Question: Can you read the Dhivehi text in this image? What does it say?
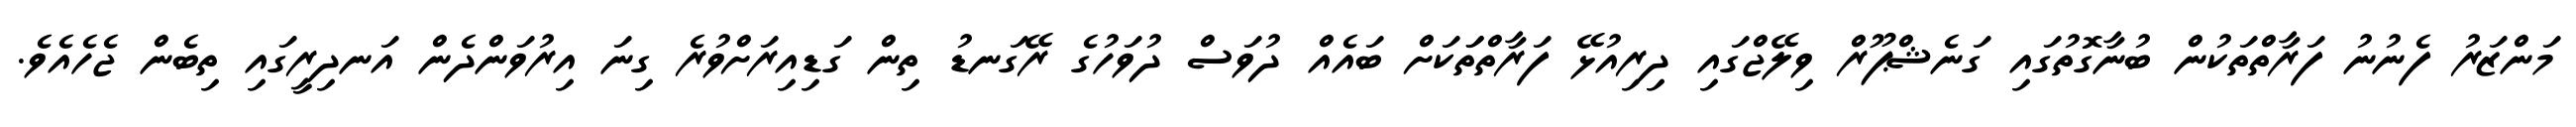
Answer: މަންޒަރު ފެނުނު ފަރާތްތަކުން ބުނާގޮތުގައި ގަނެޝްޕޫރް ވިލޭޖްގައި ދިރިއުޅޭ ފަރާތްތަަކަށް ބައެއް ދުވަސް ދުވަހުގެ ރޭގަނޑު ތިން ގަޑިއިރަށްވުރެ ގިނަ އިރުވަންދެން އަނދިރީގައި ތިބެން ޖެހެއެވެ.